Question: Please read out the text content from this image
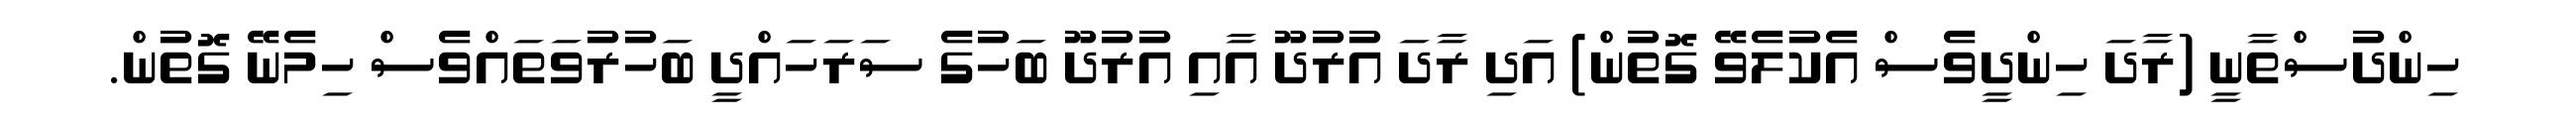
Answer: ހިންދުސްތާނީ (ރާދަ ހިންދީވެސް އެކުލެވޭ ގޮތުން) އަދި ރާދަ އުރުދޫ އާއި އުރުދޫ ބަހުގެ ސަރަހައްދީ ބަހުރުވަތައްވެސް ހިމެނޭ ގޮތުން.